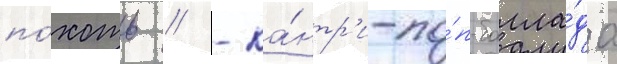
по́хоть // - ка́нтр'и-по́п-балла́да